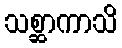
သစ္ဆာကာသိ